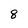
Character: 8